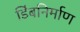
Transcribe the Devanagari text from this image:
डिंबनिर्माण